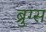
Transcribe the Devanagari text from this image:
ब्रुग्स